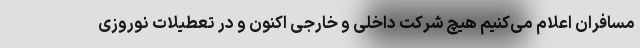
مسافران اعلام می‌کنیم هیچ شرکت داخلی و خارجی اکنون و در تعطیلات نوروزی